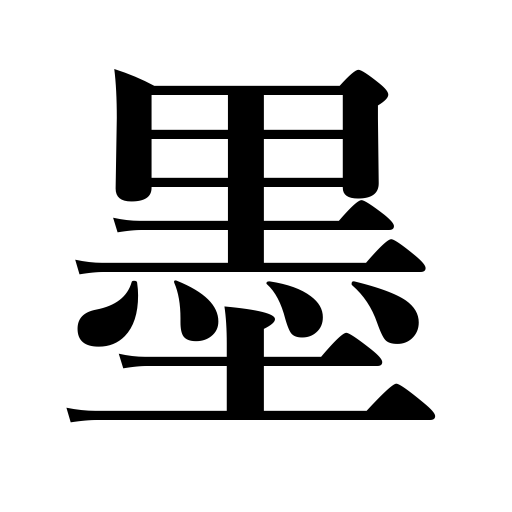
Meanings: India ink,ink of a squid,Chinese ink,ink stick,inked marking string